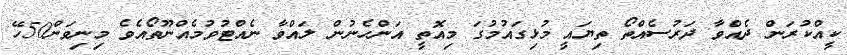
ކީއްކުރަން ދެއްވާ ދަރުސެއްތޯ ތިޔައީ މުޅިގައުމުގަ މިއޮތީ އަންހެނުން ލައްވާ ނެއްޓުވުމެއްނޫތޯއެވެ މިނިވަން50ހޭ